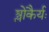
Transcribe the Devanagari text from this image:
श्लोकैर्यः